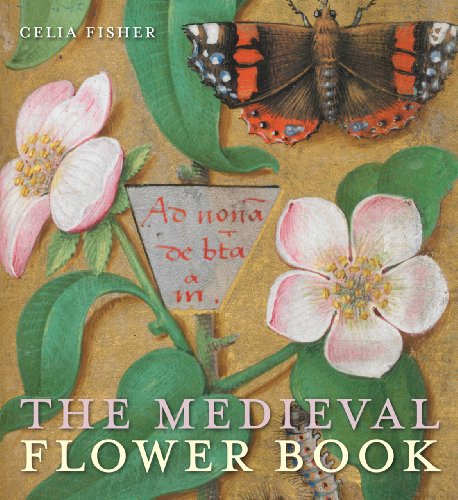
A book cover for The Medieval Flower Book; Celia Fisher; Arts & Photography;